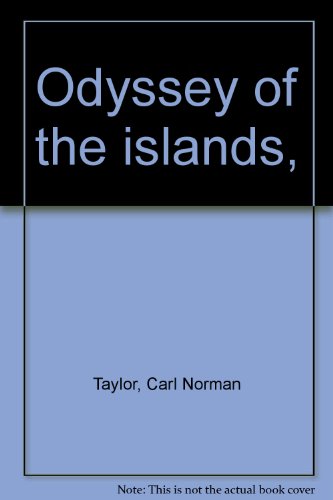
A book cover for Odyssey of the islands,; Carl Norman Taylor; Travel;